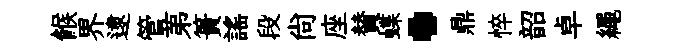
餱界逮管苐簣謡段尙座賛蝶·鼎悴韶卓繩